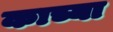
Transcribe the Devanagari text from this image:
काच्या